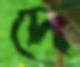
দে